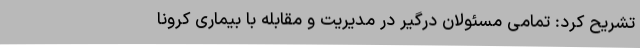
تشریح کرد: تمامی مسئولان درگیر در مدیریت و مقابله با بیماری کرونا